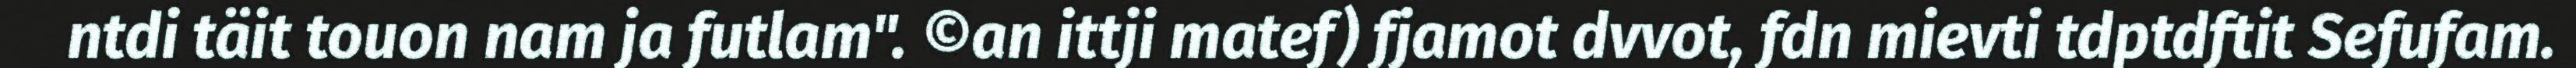
ntdi täit touon nam ja futlam". ©an ittji matef) fjamot dvvot, fdn mievti tdptdftit Sefufam.